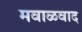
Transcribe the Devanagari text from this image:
मवाळवाद